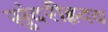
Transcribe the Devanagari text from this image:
सुंदरीहृदय